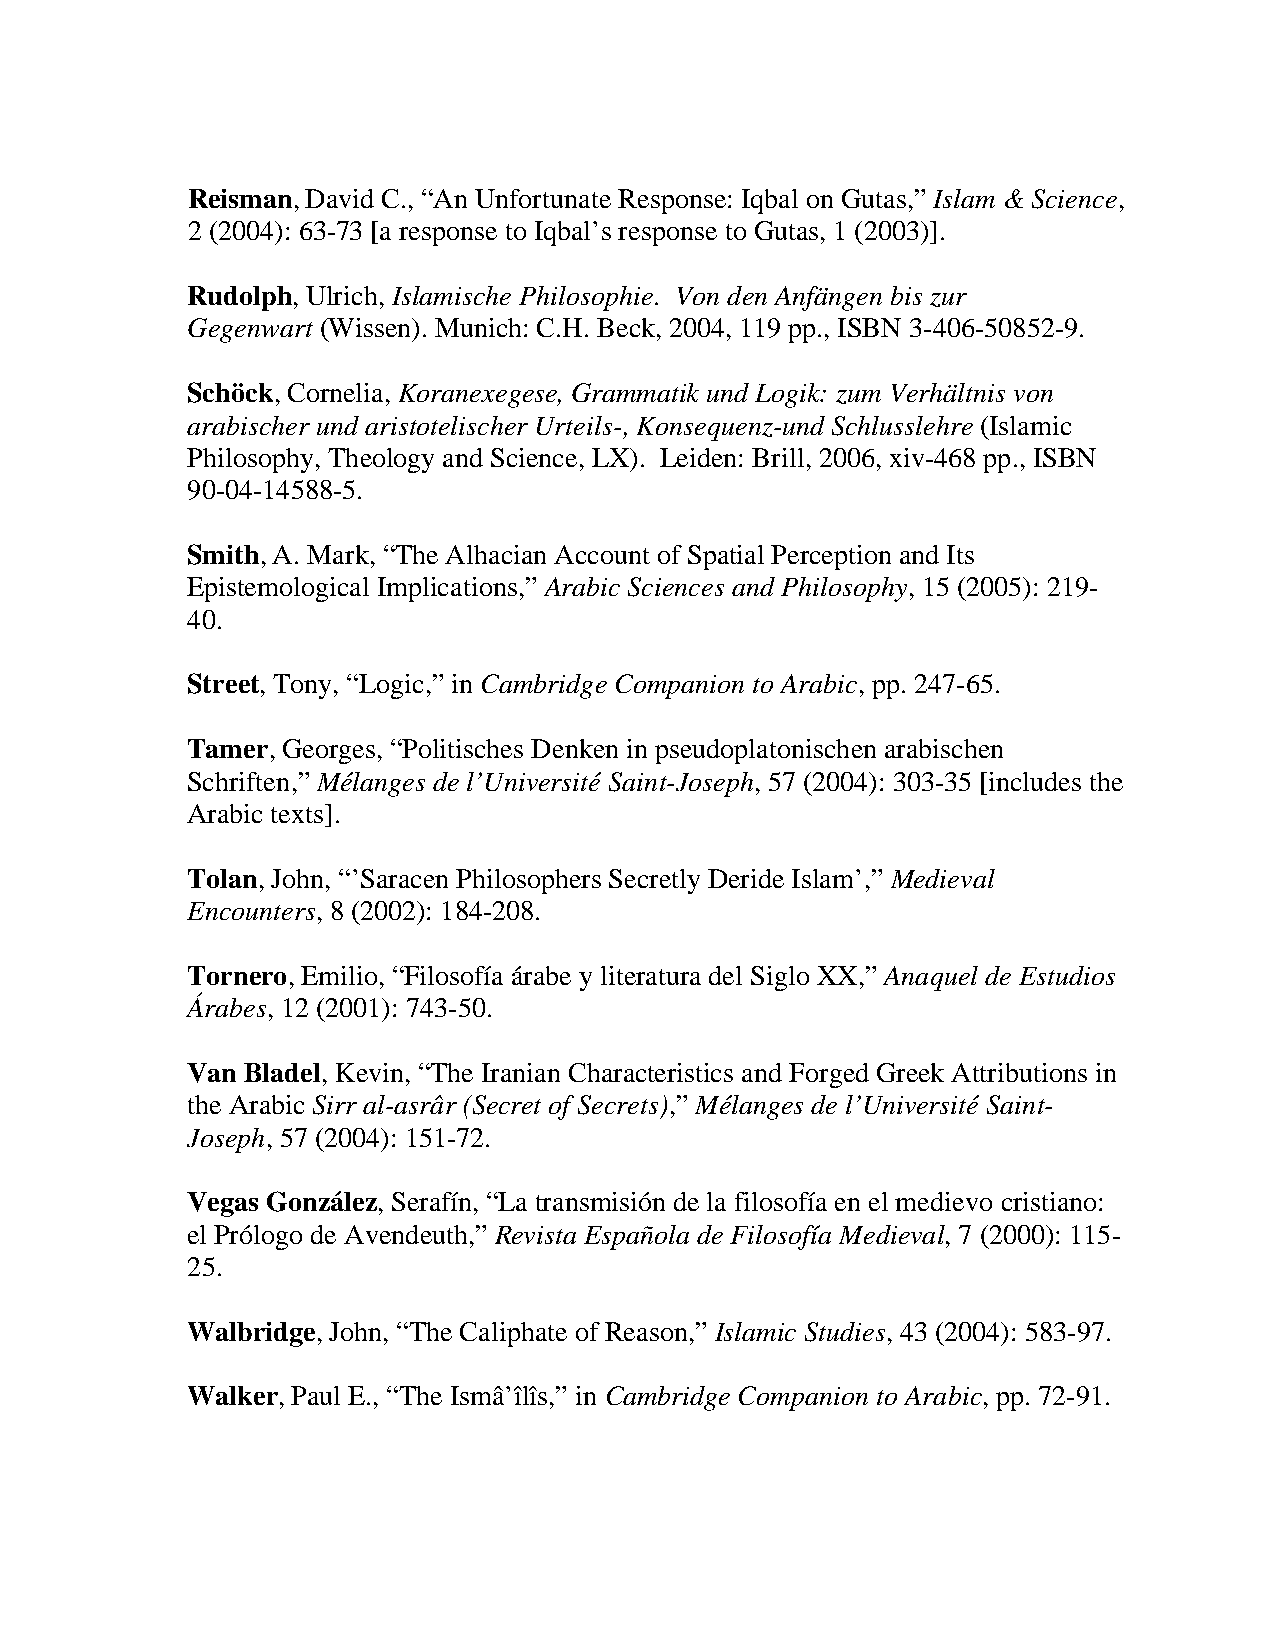
Reisman, David C., “An Unfortunate Response: Iqbal on Gutas,” Islam & Science,
 2 (2004): 63-73 [a response to Iqbal’s response to Gutas, 1 (2003)].
 Rudolph, Ulrich, Islamische Philosophie. Von den Anfängen bis zur
 Gegenwart (Wissen). Munich: C.H. Beck, 2004, 119 pp., ISBN 3-406-50852-9.
 Schöck, Cornelia, Koranexegese, Grammatik und Logik: zum Verhältnis von
 arabischer und aristotelischer Urteils-, Konsequenz-und Schlusslehre (Islamic
 Philosophy, Theology and Science, LX). Leiden: Brill, 2006, xiv-468 pp., ISBN
 90-04-14588-5.
 Smith, A. Mark, “The Alhacian Account of Spatial Perception and Its
 Epistemological Implications,” Arabic Sciences and Philosophy, 15 (2005): 219-
 40.
 Street, Tony, “Logic,” in Cambridge Companion to Arabic, pp. 247-65.
 Tamer, Georges, “Politisches Denken in pseudoplatonischen arabischen
 Schriften,” Mélanges de l’Université Saint-Joseph, 57 (2004): 303-35 [includes the
 Arabic texts].
 Tolan, John, “’Saracen Philosophers Secretly Deride Islam’,” Medieval
 Encounters, 8 (2002): 184-208.
 Tornero, Emilio, “Filosofía árabe y literatura del Siglo XX,” Anaquel de Estudios
 Árabes, 12 (2001): 743-50.
 Van Bladel, Kevin, “The Iranian Characteristics and Forged Greek Attributions in
 the Arabic Sirr al-asrâr (Secret of Secrets),” Mélanges de l’Université Saint-
 Joseph, 57 (2004): 151-72.
 Vegas González, Serafín, “La transmisión de la filosofía en el medievo cristiano:
 el Prólogo de Avendeuth,” Revista Española de Filosofía Medieval, 7 (2000): 115-
 25.
 Walbridge, John, “The Caliphate of Reason,” Islamic Studies, 43 (2004): 583-97.
 Walker, Paul E., “The Ismâ’îlîs,” in Cambridge Companion to Arabic, pp. 72-91.